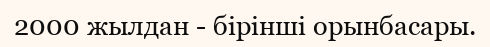
2000 жылдан - бірінші орынбасары.